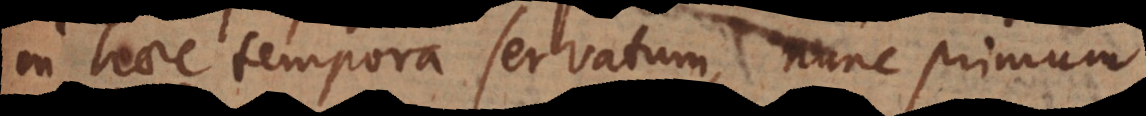
in haec tempora servatum, nunc primum